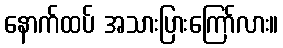
နောက်ထပ် အသားပြားကြော်လား။